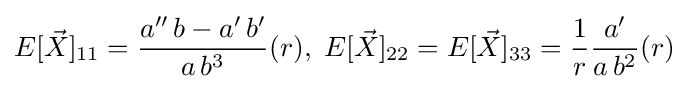
E[{\vec {X}}]_{11}={\frac {a''\,b-a'\,b'}{a\,b^{3}}}(r),\;E[{\vec {X}}]_{22}=E[{\vec {X}}]_{33}={\frac {1}{r}}{\frac {a'}{a\,b^{2}}}(r)